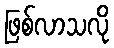
ဖြစ်လာသလို